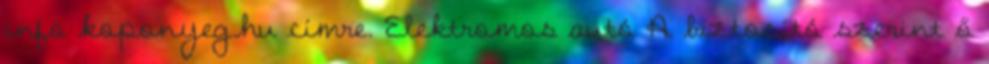
info koponyeg.hu címre. Elektromos autó A biztosító szerint ő